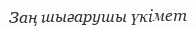
Заң шығарушы үкімет